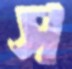
স